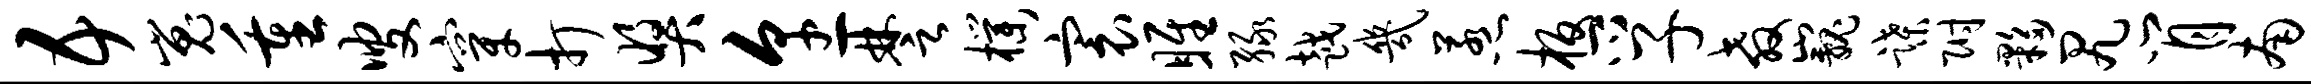
五嵬重叟穿打奖烹楚朴寰雎绿越几惹板孚教巍蹀附夥尻肖南